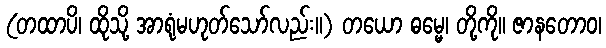
(တထာပိ၊ ထိုသို့ အာရုံမဟုတ်သော်လည်း။) တယော ဓမ္မေ၊ တို့ကို။ ဇာနတောဝ၊